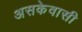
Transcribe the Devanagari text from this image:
असकेवासी